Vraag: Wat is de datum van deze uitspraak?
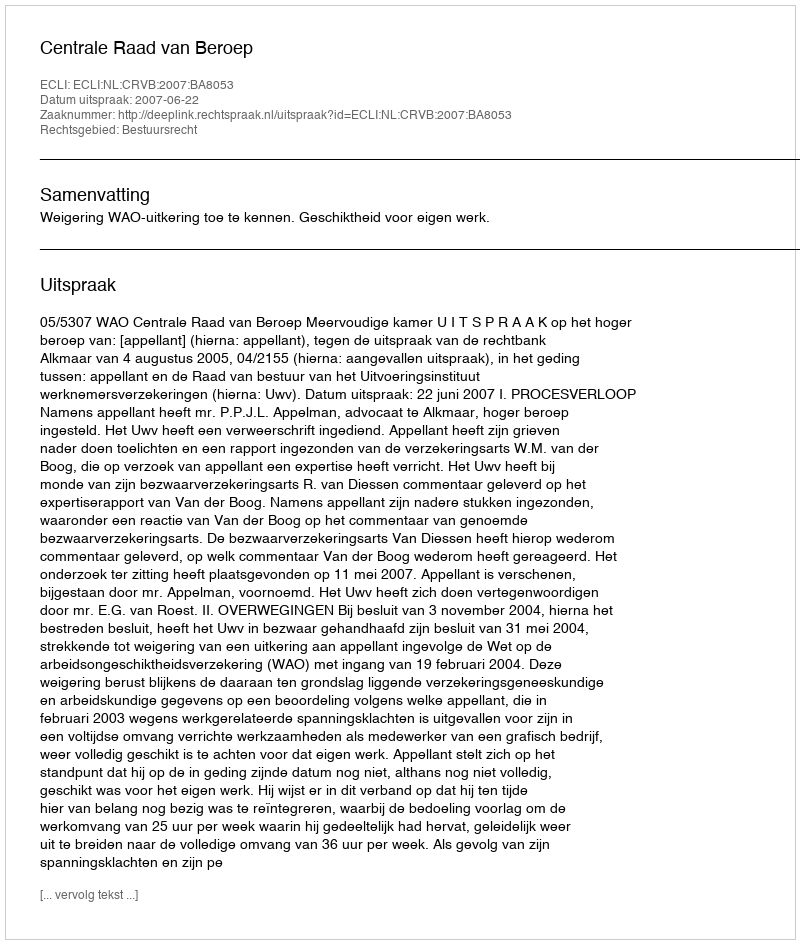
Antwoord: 2007-06-22